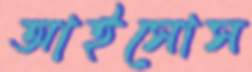
আইসোস